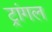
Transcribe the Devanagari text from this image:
ट्रांगल